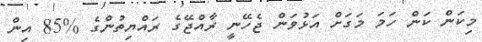
މިކަން ކަން ހަމަ މަގަށް އަޅުވަން ޖެހޭނީ ރާއްޖޭގެ ރައްޔިތުންގެ %85 އިން